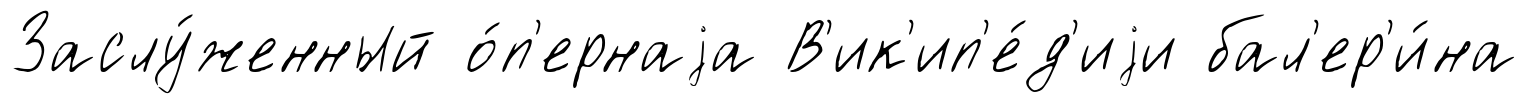
Заслу́женный о́п'ернаjа В'ик'ип'е́д'иjи бал'ер'и́на